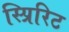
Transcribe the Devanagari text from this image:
स्प्रिरिट